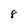
Character: 8